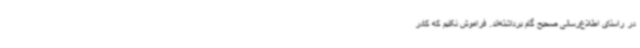
در راستای اطلاع‌رسانی صحیح گام برداشته‌اند. فراموش نکنیم که کادر